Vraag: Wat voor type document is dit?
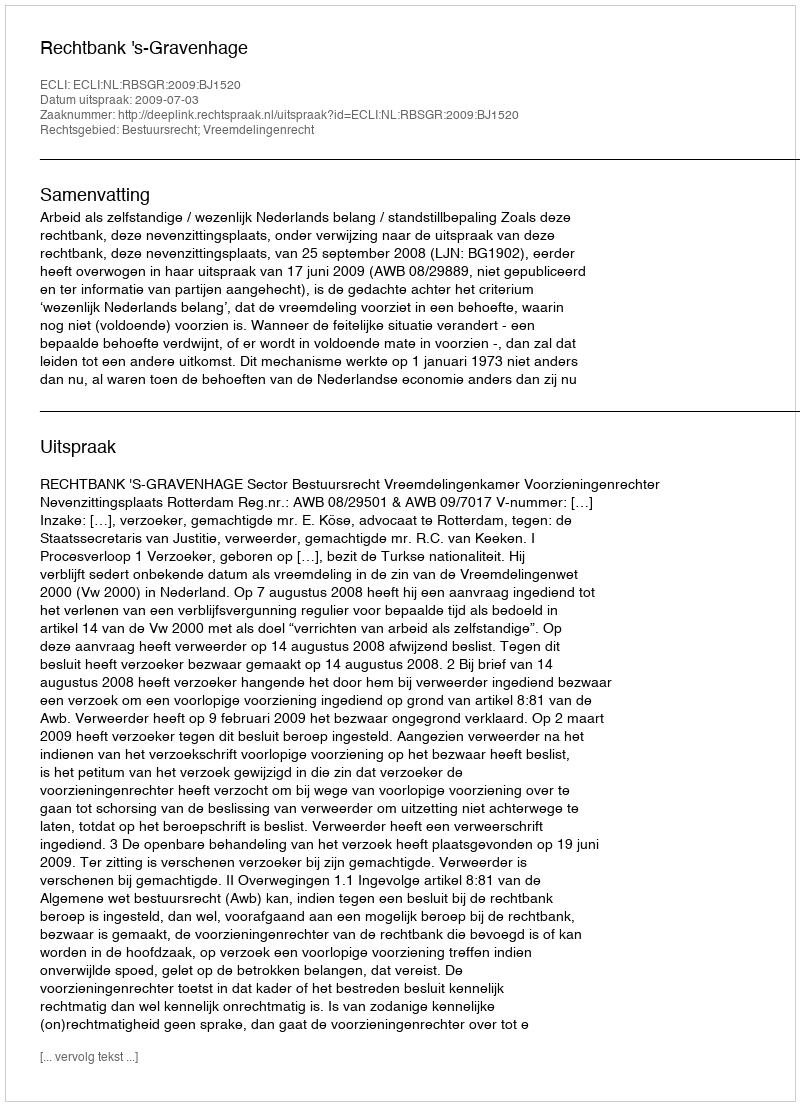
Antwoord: Uitspraak